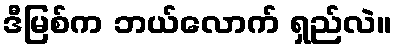
ဒီမြစ်က ဘယ်လောက် ရှည်လဲ။